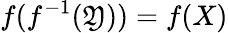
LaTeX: f(f^{-1}(\mathfrak{Y}))=f(X)